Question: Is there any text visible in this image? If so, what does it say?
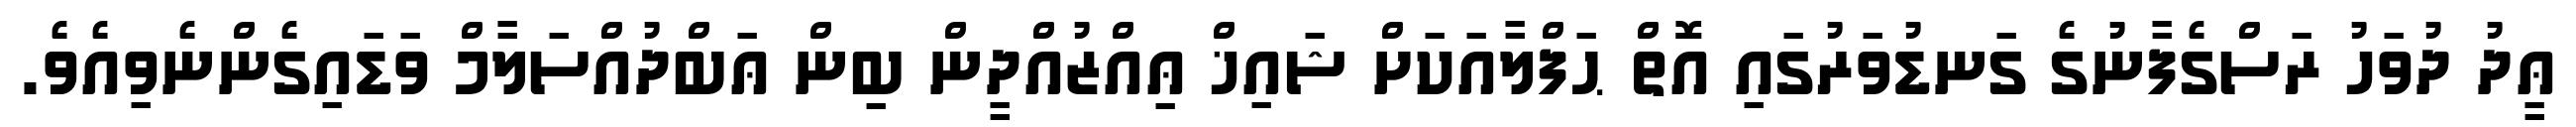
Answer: ޢީދު ދުވަހު ރަސްގެފާނުގެ ގަނޑުވަރުގައި އޮތް ޙަފްލާއަކަށް ޝައިޚް ޢިއްޒުއްދީން ބިން ޢަބްދުއްސަލާމް ވަޑައިގެންނެވިއެވެ.